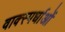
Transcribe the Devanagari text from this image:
वाक्स्पर्धाओं